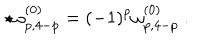
\star \omega _ { p , 4 - p } ^ { ( 0 ) } = ( - 1 ) ^ { p } \omega _ { p , 4 - p } ^ { ( 0 ) } \ .